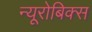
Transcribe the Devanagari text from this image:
न्यूरोबिक्स